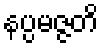
နပ္ပမဇ္ဇတိ